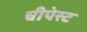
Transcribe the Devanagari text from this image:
चीपेस्ट